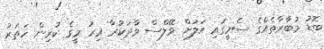
ބޮޑު މުބާރާތެއްގެ ސެމީގައި އަލަށް ވޭލްސް ވާދަކުރާ އިރު މީގެ ކުރިން ހަތަރު